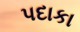
પદાકા